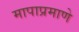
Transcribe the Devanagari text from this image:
मापाप्रमाणे